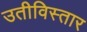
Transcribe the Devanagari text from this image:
उतीविस्तार